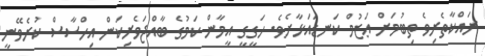
ރައްކާތެރިވެ ތިބުމަށް ޢަޒުމް ކަނޑައަޅާށެވެ. ހަގީގީ އީމާން ކަމުގެ ބާއްޖަވެރިކަން އިހްސާސް ކުރެވޭނީ